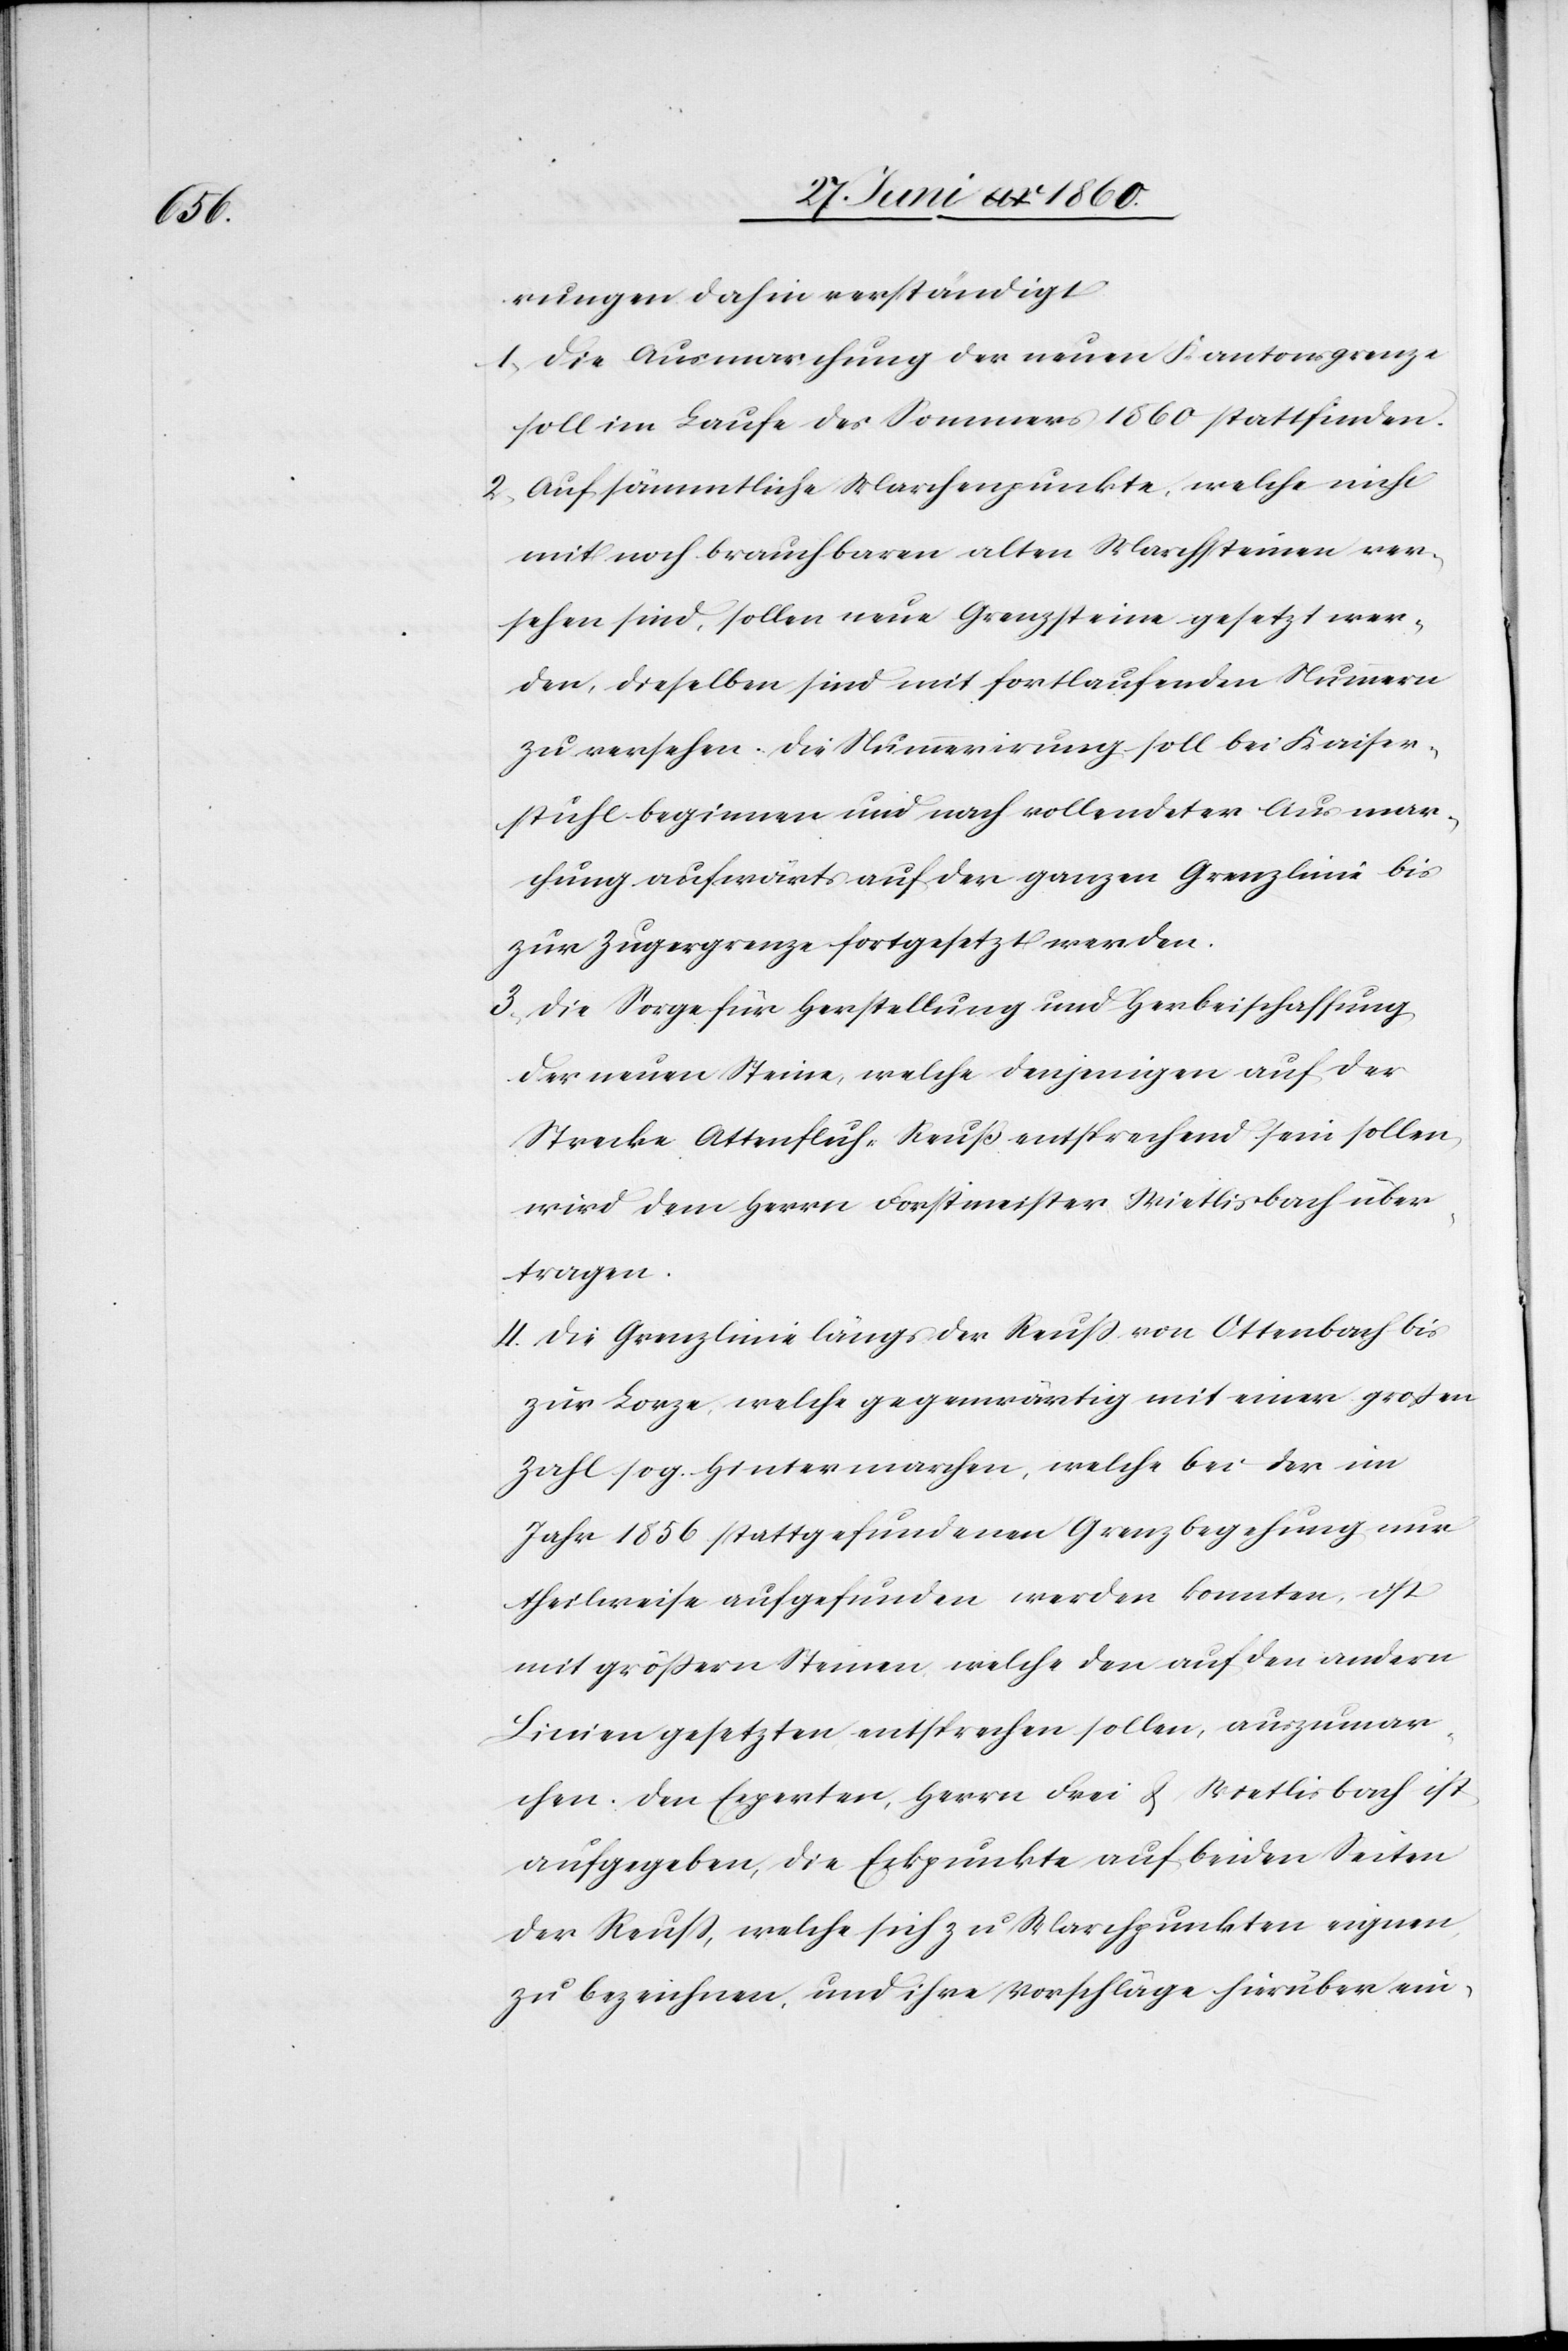
rungen dahin verständigt:
1. Die Ausmarchung der neuen Kantonsgrenze
soll im Laufe des Sommers 1860 stattfinden.
2. Auf sämmtliche Marchenpunkte, welche nicht
mit noch brauchbaren alten Marchsteinen ver¬
sehen sind, sollen neue Grenzsteine gesetzt wer¬
den, dieselben sind mit fortlaufenden Nummern
zu versehen. Die Nummerirung soll bei Kaiser¬
stuhl beginnen und nach vollendeter Ausmar¬
chung aufwärts auf der ganzen Grenzlinie bis
zur Zugergrenze fortgesetzt werden.
3. Die Sorge für Herstellung und Herbeischaffung
der neuen Steine, welche denjenigen auf der
Strecke Attenfluch-Reuss entsprechend sein sollen,
wird dem Herrn Forstmeister Wietlisbach über¬
tragen.
4. Die Grenzlinie längs der Reuss von Ottenbach bis
zur Lorze, welche gegenwärtig mit einer grossen
Gallen. Hintermarchen, welche ei der im
Jahr 1856 stattgefundenen Grenzbegehung nur
theilweise aufgefunden werden könnten, ist
mit grössern Steinen, welche den auf den andern
Linien gesetzten entsprechen sollen, auszumar¬
chen. Den Experten, Herrn Frei & Wietlisbach ist
aufgegeben, die Eckpunkte auf beiden Seiten
der Reuss, welche sich zu Marchpunkten eignen,
zu bezeichnen, und ihre Vorschläge hierüber ein-